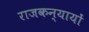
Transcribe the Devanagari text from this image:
राजकन्यायों